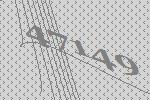
47149